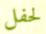
لحفل